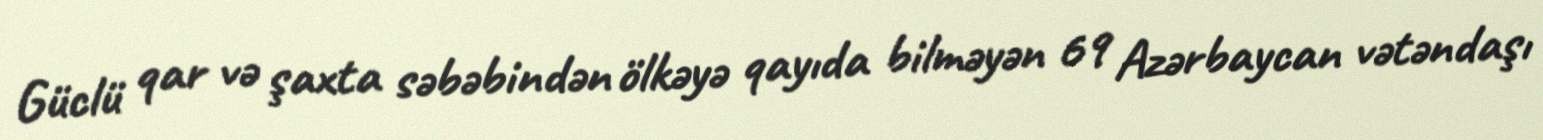
Güclü qar və şaxta səbəbindən ölkəyə qayıda bilməyən 69 Azərbaycan vətəndaşı